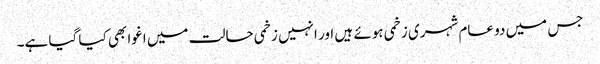
جس میں دو عام شہری زخمی ہوئے ہیں اور انہیں زخمی حالت میں اغوا بھی کیا گیا ہے۔